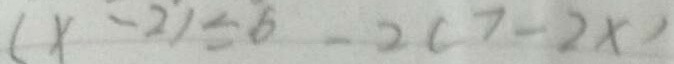
( x - 2 ) \leq 6 - 2 ( 7 - 2 x )